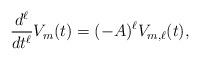
LaTeX: \begin{align*}\frac{d^\ell}{dt^\ell}V_m(t)=(-A)^\ell V_{m,\ell}(t), \end{align*}